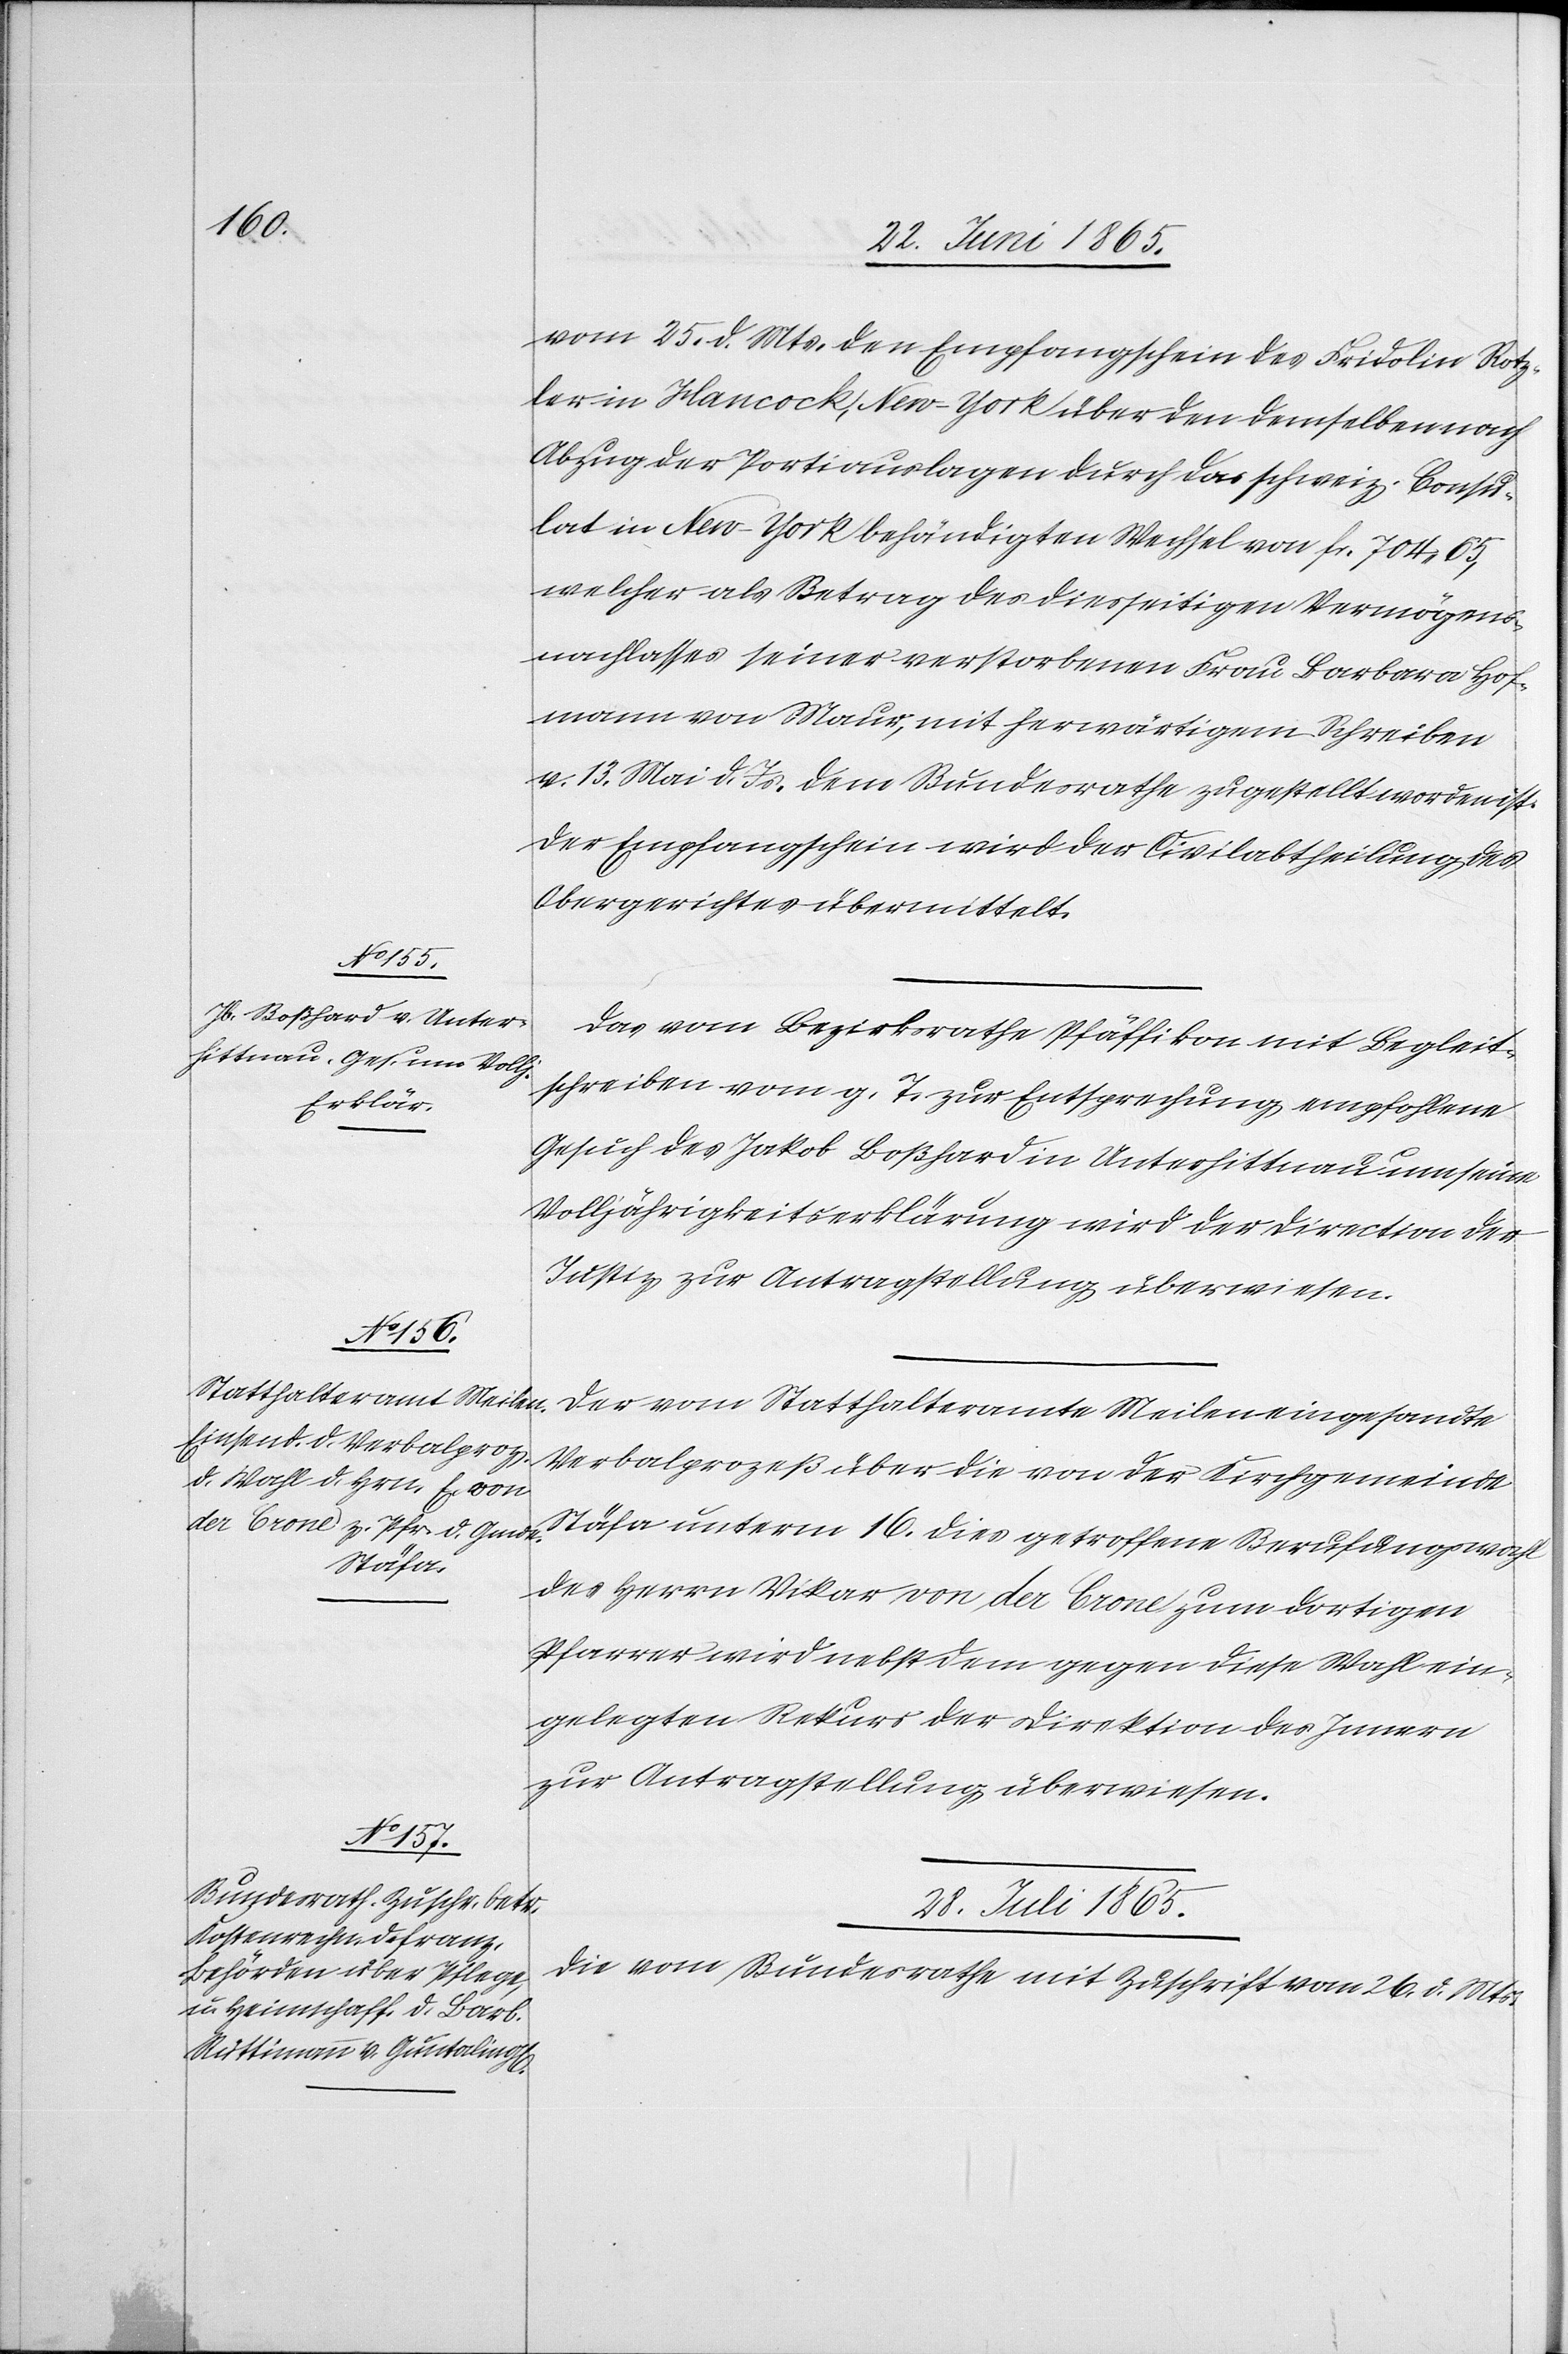
vom 25. d. Mts. den Empfangschein des Fridolin Rotz¬
ler in Hancock, New-York über den demselben nach
Abzug der Portiauslagen durch das schweiz. Consu¬
lat in New-York behändigten Wechsel von fr. 704.65,
welcher als Betrag des diesseitigen Vermögens¬
nachlasses seiner verstorbenen Frau Barbara Hof¬
mann von Maur, mit herwärtigem Schreiben
v. 13. Mai d. Js. dem Bundesrathe zugestellt worden ist.
Der Empfangschein wird der Civilabtheilung des
Obergerichtes übermittelt.
Das vom Bezirksrathe Pfäffikon mit Begleit¬
schreiben vom g. T. zur Entsprechung empfohlene
Gesuch des Jakob Boßhard in Unterhittnau um seine
Volljährigkeitserklärung wird der Direction der
Justiz zur Antragstellung überwiesen.
Der vom Statthalteramte Meilen eingesandte
Verbalprozeß über die von der Kirchgemeinde
Stäfa unterm 16. dies getroffene Berufungswahl
des Herrn Vikar von der Crone zum dortigen
Pfarrer wird nebst dem gegen diese Wahl ein¬
gelegten Rekurs der Direktion des Innern
zur Antragstellung überwiesen.
28. Juli 1865.
Die vom Bundesrathe mit Zuschrift vom 26. d. Mts.